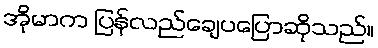
အိုမာက ပြန်လည်ချေပပြောဆိုသည်။